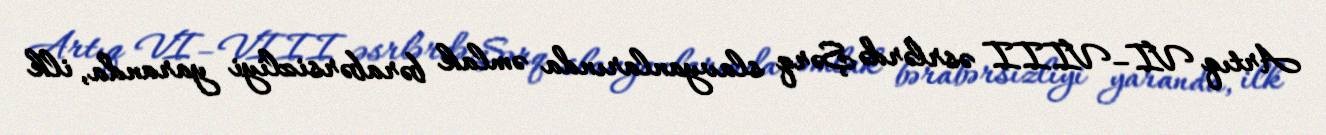
Artıq VI–VIII əsrlərdə Şərq slavyanlarında əmlak bərabərsizliyi yaranda, ilk